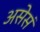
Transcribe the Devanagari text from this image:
असेसं